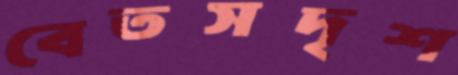
বেতসদৃশ